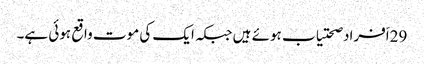
29اَفراد صحتیاب ہوئے ہیں جبکہ ایک کی موت واقع ہوئی ہے۔